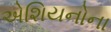
એશિયનોના